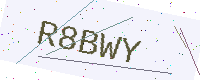
Text: R8BWY